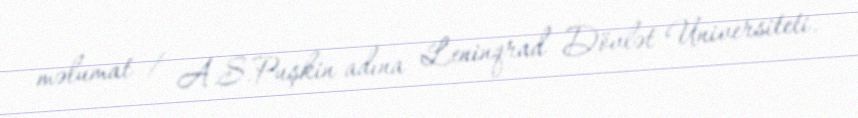
məlumat / A.S.Puşkin adına Leninqrad Dövlət Universiteti.